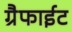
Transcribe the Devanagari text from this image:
ग्रैफाईट